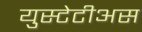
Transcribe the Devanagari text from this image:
युस्टेटीअस